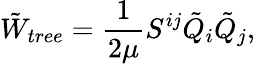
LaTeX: \tilde{W}_{tree}=\frac{1}{2\mu}S^{ij}\tilde{Q}_{i}\tilde{Q}_{j},